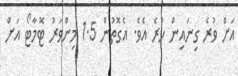
އަށް ވުރެ ގިނައިން ހުރެ އެވެ. އެގޮތުން 1.5 މިންވަރު ޓޮމާޓޯ އަށް